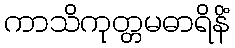
ကာသိကုတ္တမဓာရိနိံ